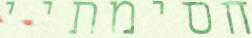
חסימתיי